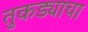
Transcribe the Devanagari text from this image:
तुकड्याचा